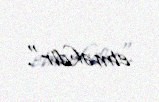
etməkdir".